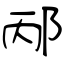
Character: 邴